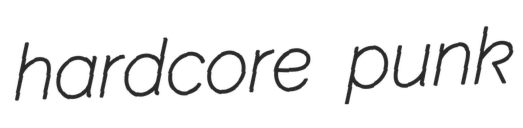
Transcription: hardcore punk